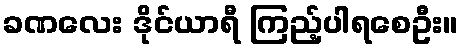
ခဏလေး ဒိုင်ယာရီ ကြည့်ပါရစေဦး။